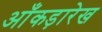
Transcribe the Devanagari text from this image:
आँकड़ारेख